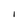
Character: I